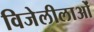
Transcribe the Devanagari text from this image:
विजेलीलाओं